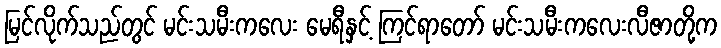
မြင်လိုက်သည်တွင် မင်းသမီးကလေး မေရီနှင့် ကြင်ရာတော် မင်းသမီးကလေးလီဇာတို့က